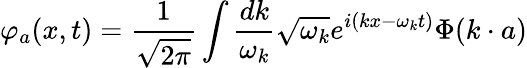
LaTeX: \varphi_{a}(x,t)={\frac{1}{\sqrt{2\pi}}}\int{\frac{dk}{\omega_{k}}}\sqrt{\omega_{k}}e^{i(kx-\omega_{k}t)}\Phi(k\cdot a)